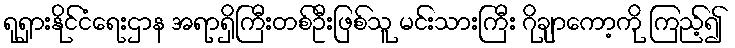
ရုရှားနိုင်ငံရေးဌာန အရာရှိကြီးတစ်ဦးဖြစ်သူ မင်းသားကြီး ဂိုချာကော့ကို ကြည့်၍